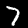
Digit: 7